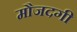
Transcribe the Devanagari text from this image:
मौजदगी